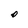
Character: O